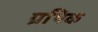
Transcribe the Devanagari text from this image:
ग्रथिक